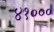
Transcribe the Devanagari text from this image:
४१०००